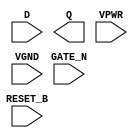
module sky130_fd_sc_hs__dlrtn (
    RESET_B,
    D      ,
    GATE_N ,
    Q      ,
    VPWR   ,
    VGND
);

    input  RESET_B;
    input  D      ;
    input  GATE_N ;
    output Q      ;
    input  VPWR   ;
    input  VGND   ;
endmodule